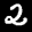
Label: 2